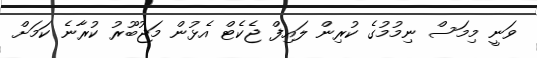
ވަނީ މިމަސް ނިމުމުގެ ކުރިން ލައިފް ޖެކެޓް އެޅުން މަޖުބޫރު ކުރާނެ ކަމަށް